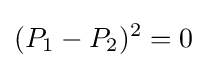
(P_{1}-P_{2})^{2}=0